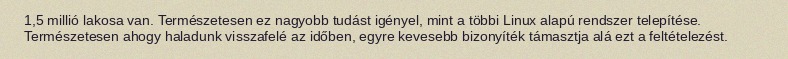
1,5 millió lakosa van. Természetesen ez nagyobb tudást igényel, mint a többi Linux alapú rendszer telepítése. Természetesen ahogy haladunk visszafelé az időben, egyre kevesebb bizonyíték támasztja alá ezt a feltételezést.